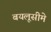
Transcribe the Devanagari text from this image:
बयलूसीमे